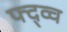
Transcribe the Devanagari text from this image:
फ्द्व्च